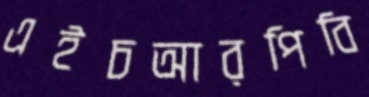
এইচআরপিবি